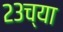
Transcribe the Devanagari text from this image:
२३च्या